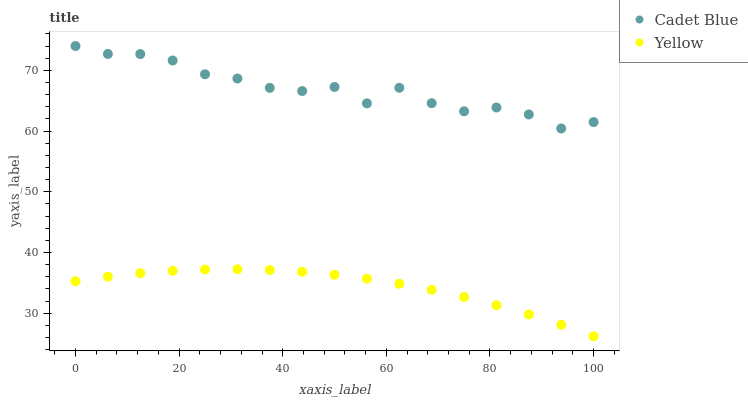
| xaxis_label | Cadet Blue | Yellow |
 | --- | --- | --- |
 | 0 | 74 | 35.3 |
 | 6.25 | 72.7 | 36 |
 | 12.5 | 72.7 | 36.6 |
 | 18.8 | 71.6 | 37 |
 | 25 | 69.3 | 37.2 |
 | 31.2 | 68.6 | 37.2 |
 | 37.5 | 67.1 | 37.1 |
 | 43.8 | 66.6 | 36.8 |
 | 50 | 67.3 | 36.3 |
 | 56.2 | 64.6 | 35.7 |
 | 62.5 | 67.1 | 34.8 |
 | 68.8 | 64.6 | 33.8 |
 | 75 | 63.2 | 32.7 |
 | 81.2 | 63.9 | 31.3 |
 | 87.5 | 62.7 | 29.8 |
 | 93.8 | 60.4 | 28.1 |
 | 100 | 61.5 | 26.2 |